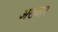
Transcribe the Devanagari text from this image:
अख्बार